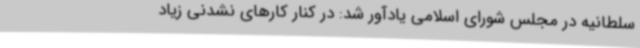
سلطانیه در مجلس شورای اسلامی یادآور شد: در کنار کارهای نشدنی زیاد